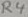
Text: R4